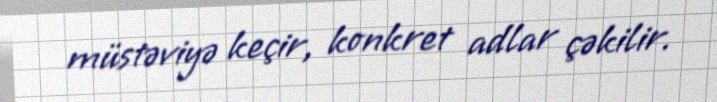
müstəviyə keçir, konkret adlar çəkilir.